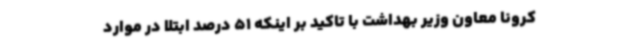
کرونا معاون وزیر بهداشت با تاکید بر اینکه 51 درصد ابتلا در موارد